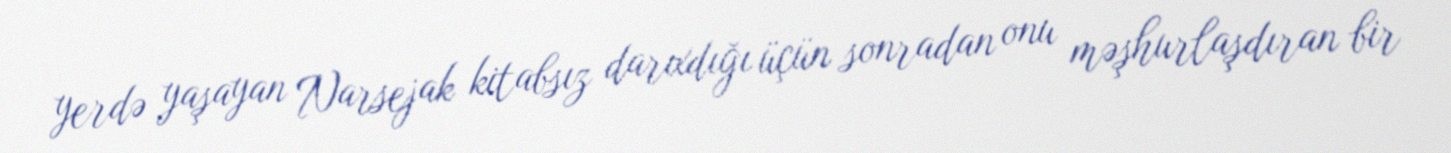
yerdə yaşayan Narsejak kitabsız darıxdığı üçün sonradan onu məşhurlaşdıran bir